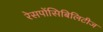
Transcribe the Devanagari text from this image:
रेसपोंसिबिलिटीज